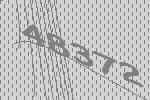
48372